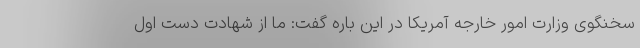
سخنگوی وزارت امور خارجه آمریکا در این باره گفت: ما از شهادت دست اول